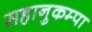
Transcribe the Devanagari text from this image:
सहानुकम्पा